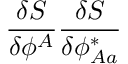
\frac { \delta S } { \delta \phi ^ { A } } \frac { \delta S } { \delta \phi _ { A a } ^ { \ast } }